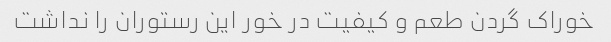
خوراک گردن طعم و کیفیت در خور این رستوران را نداشت